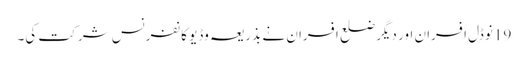
19 نوڈل اَفسران اور دیگر ضلع افسران نے بذریعہ وڈیو کانفرنس شر کت کی۔